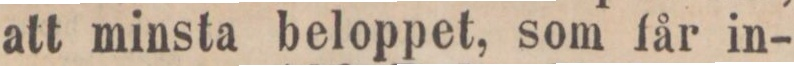
att minsta beloppet, som får in-